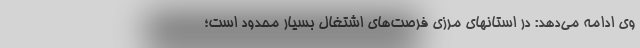
وی ادامه می‌دهد: در استانهای مرزی فرصت‌های اشتغال بسیار محدود است؛